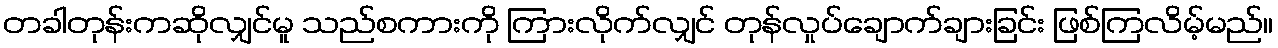
တခါတုန်းကဆိုလျှင်မူ သည်စကားကို ကြားလိုက်လျှင် တုန်လှုပ်ချောက်ချားခြင်း ဖြစ်ကြလိမ့်မည်။